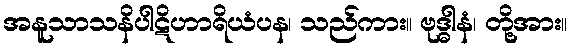
အနူသာသနိပါဋိဟာရိယံပန၊ သည်ကား။ ဗုဒ္ဓါနံ၊ တို့အား။